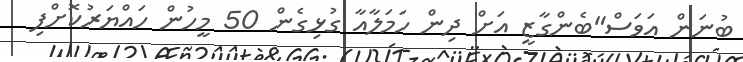
ބުނަން އަވަސް"ބެންގާޒީ އަށް ދިން ހަމަލާއާ ގުޅިގެން 50 މީހުން ހައްޔަރުކޮށްފި